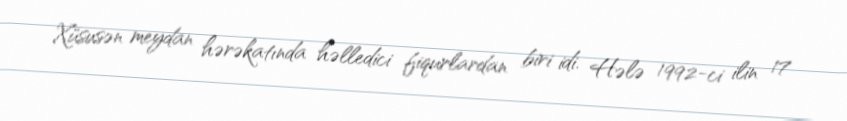
Xüsusən meydan hərəkatında həlledici fiqurlardan biri idi. Hələ 1992-ci ilin 17